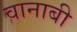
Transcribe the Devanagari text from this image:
वानाबी